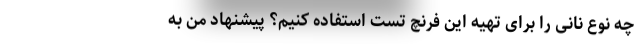
چه نوع نانی را برای تهیه این فرنچ تست استفاده کنیم؟ پیشنهاد من به